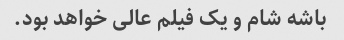
باشه شام و یک فیلم عالی خواهد بود.